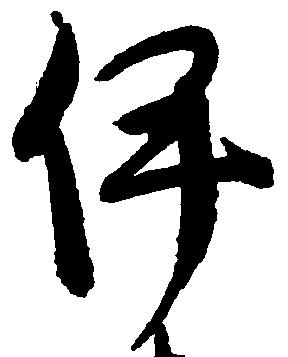
伊